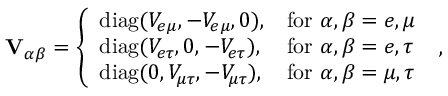
\mathbf { V } _ { \alpha \beta } = \left\{ \begin{array} { l l } { \mathrm { d i a g } ( V _ { e \mu } , - V _ { e \mu } , 0 ) , } & { \mathrm { f o r } ~ \alpha , \beta = e , \mu } \\ { \mathrm { d i a g } ( V _ { e \tau } , 0 , - V _ { e \tau } ) , } & { \mathrm { f o r } ~ \alpha , \beta = e , \tau } \\ { \mathrm { d i a g } ( 0 , V _ { \mu \tau } , - V _ { \mu \tau } ) , } & { \mathrm { f o r } ~ \alpha , \beta = \mu , \tau } \end{array} \right. \; ,